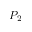
P _ { 2 }